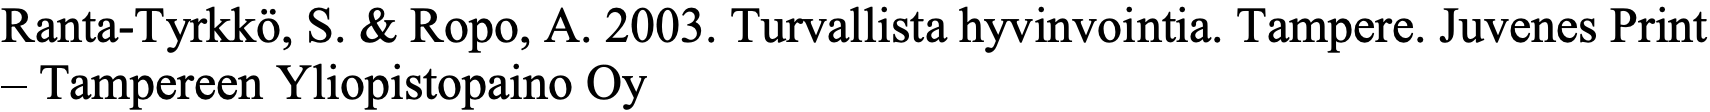
Ranta-Tyrkkö, S. & Ropo, A. 2003. Turvallista hyvinvointia. Tampere. Juvenes Print – Tampereen Yliopistopaino Oy